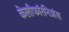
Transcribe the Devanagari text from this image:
केलीफॉरनिअंस